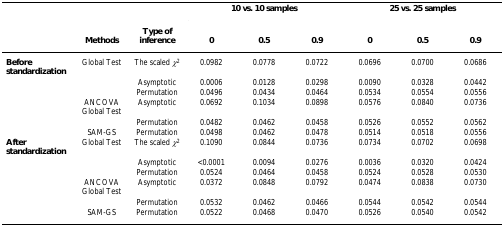
<table><thead><tr><td>[EMPTY_CELL]</td><td>[EMPTY_CELL]</td><td>[EMPTY_CELL]</td><td colspan="3"><b>10 vs. 10 samples</b></td><td colspan="3"><b>25 vs. 25 samples</b></td></tr><tr><td>[EMPTY_CELL]</td><td><b>Methods</b></td><td><b>Type of inference</b></td><td><b>0</b></td><td><b>0.5</b></td><td><b>0.9</b></td><td><b>0</b></td><td><b>0.5</b></td><td><b>0.9</b></td></tr></thead><tbody><tr><td><b>Before standardization</b></td><td>Global Test</td><td>The scaled <i>χ</i><sup>2</sup></td><td>0.0982</td><td>0.0778</td><td>0.0722</td><td>0.0696</td><td>0.0700</td><td>0.0686</td></tr><tr><td>[EMPTY_CELL]</td><td>[EMPTY_CELL]</td><td>Asymptotic</td><td>0.0006</td><td>0.0128</td><td>0.0298</td><td>0.0090</td><td>0.0328</td><td>0.0442</td></tr><tr><td>[EMPTY_CELL]</td><td>[EMPTY_CELL]</td><td>Permutation</td><td>0.0496</td><td>0.0434</td><td>0.0464</td><td>0.0534</td><td>0.0554</td><td>0.0556</td></tr><tr><td>[EMPTY_CELL]</td><td>ANCOVA Global Test</td><td>Asymptotic</td><td>0.0692</td><td>0.1034</td><td>0.0898</td><td>0.0576</td><td>0.0840</td><td>0.0736</td></tr><tr><td>[EMPTY_CELL]</td><td>[EMPTY_CELL]</td><td>Permutation</td><td>0.0482</td><td>0.0462</td><td>0.0458</td><td>0.0526</td><td>0.0552</td><td>0.0562</td></tr><tr><td>[EMPTY_CELL]</td><td>SAM-GS</td><td>Permutation</td><td>0.0498</td><td>0.0462</td><td>0.0478</td><td>0.0514</td><td>0.0518</td><td>0.0556</td></tr><tr><td><b>After standardization</b></td><td>Global Test</td><td>The scaled <i>χ</i><sup>2</sup></td><td>0.1090</td><td>0.0844</td><td>0.0736</td><td>0.0734</td><td>0.0702</td><td>0.0698</td></tr><tr><td>[EMPTY_CELL]</td><td>[EMPTY_CELL]</td><td>Asymptotic</td><td>&lt;0.0001</td><td>0.0094</td><td>0.0276</td><td>0.0036</td><td>0.0320</td><td>0.0424</td></tr><tr><td>[EMPTY_CELL]</td><td>[EMPTY_CELL]</td><td>Permutation</td><td>0.0524</td><td>0.0464</td><td>0.0458</td><td>0.0524</td><td>0.0528</td><td>0.0530</td></tr><tr><td>[EMPTY_CELL]</td><td>ANCOVA Global Test</td><td>Asymptotic</td><td>0.0372</td><td>0.0848</td><td>0.0792</td><td>0.0474</td><td>0.0838</td><td>0.0730</td></tr><tr><td>[EMPTY_CELL]</td><td>[EMPTY_CELL]</td><td>Permutation</td><td>0.0532</td><td>0.0462</td><td>0.0466</td><td>0.0544</td><td>0.0542</td><td>0.0544</td></tr><tr><td>[EMPTY_CELL]</td><td>SAM-GS</td><td>Permutation</td><td>0.0522</td><td>0.0468</td><td>0.0470</td><td>0.0526</td><td>0.0540</td><td>0.0542</td></tr></tbody></table>